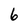
Character: 6